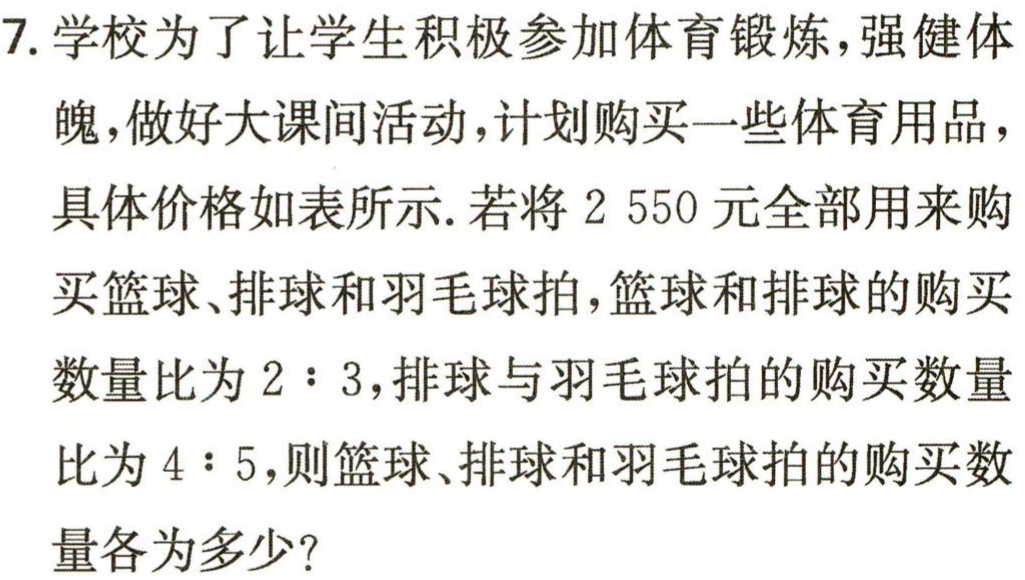
7. 学校为了让学生积极参加体育锻炼，强健体魄，做好大课间活动，计划购买一些体育用品，具体价格如表所示. 若将$2 550$元全部用来购买篮球、排球和羽毛球拍，篮球和排球的购买数量比为$2:3$，排球与羽毛球拍的购买数量比为$4:5$，则篮球、排球和羽毛球拍的购买数量各为多少？